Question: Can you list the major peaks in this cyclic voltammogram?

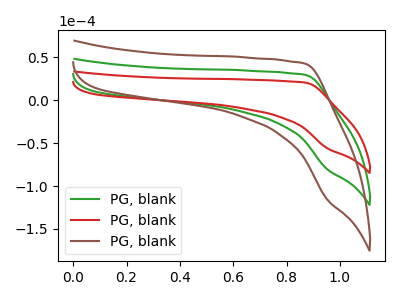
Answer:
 <answer>The green curve "PG, blank1" has no peaks. The red curve "PG, blank2" has no peaks. The brown curve "PG, blank3" has no peaks.</answer>
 <eval></eval>